Annual report on the health of the army in India
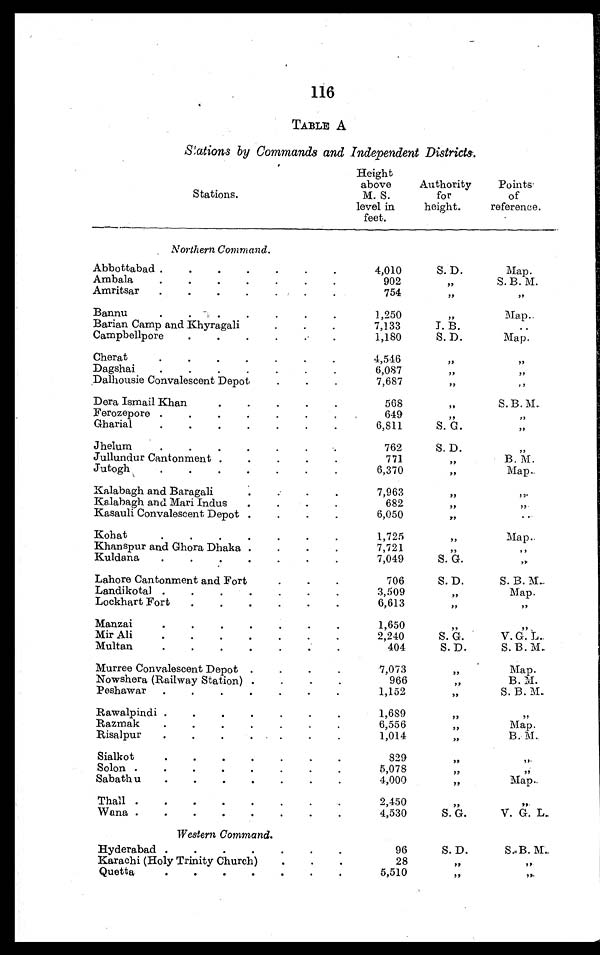
116
TABLE A
Stations by Commands and Independent Districts.
Stations.
Height
above
M. S.
level in
feet.
Authority
for
height.
Points
of
reference.
Northern Command.
Abbottabad . . .
4,010
S. D.
Map.
Ambala . . .
902
"
S. B. M.
Amritsar . . .
7 5 4
, ,
, ,
Bannu. . .
1,250
, ,
Map.
7 , 1 3 3
I. B.
. . .
Campbellpore . . .
1,180
S. D.
Map.
Cherat . . .
4,546
"
"
Dagshai . . .
6,087
"
, ,
Dalhousie Convalescent Depot . . .
7,687
"
"
Dera Ismail Khan. . .
568
"
S. B. M.
Ferozepore . . .
649
"
"
Gharial . . .
6,811
S. G.
"
Jhelum . . .
762
S. D.
"
Jullundur Cantonment . . .
771
, ,
B. M.
Jutogh . . .
6,370
"
Map.
Kalabagh and Baragali ...
7,963
"
"
Kalabagh and Mari Indus . . .
682
, " ,
"
Kasauli Convalescent Depot . . .
6,050
, ,
. . .
Kohat. . .
1 , 7 2 5
, ,
M a p .
Khanspur and Ghora Dhaka . . .
7,721
"
"
Kuldana . . .
7,049
S. G.
"
Lahore Cantonment and Fort. . .
706
S. D.
S. B. M.
Landikotal . . .
3,509
, ,
Map.
Lockhart Fort . . .
6,613
, ,
,,
Manzai . . .
1,650
"
"
Mir Ali . . .
2,240
S. G.
V. G. L.
Multan. . .
404
S. D.
S. B. M.
Murree Convalescent Depot . . .
7,073
"
Map.
Nowshera (Railway Station) . . .
966
"
B. M.
Peshawar . . .
1,152
, ,
S.B.M.
Rawalpindi . . .
1,689
, ,
, ,
Razmak . . .
6,556
"
Map.
Risalpur . . .
1,014
, ,
B. M.
Sialkot. . .
8 2 9
"
"
Solon . . .
5,078
"
"
Sabathu . . .
4,000
, ,
Map.
Thall . . .
2,450
" ,
"
Wana . . .
4,530
S. G.
V. G. L.
Western Command.
Hyderabad . . .
96
S. D.
S. B . M.
Karachi (Holy Trinity Church) . . .
28
, ,
, ,
Quetta
5,510
, ,
, ,